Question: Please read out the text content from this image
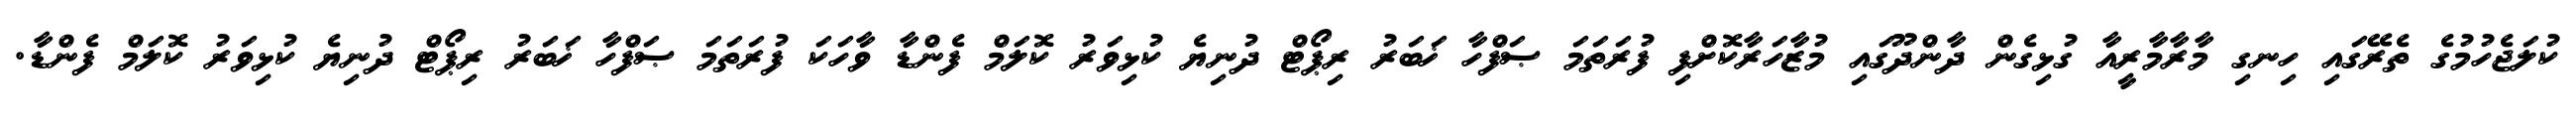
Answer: ކުލަޖެހުމުގެ ތެރޭގައި ހިނގި މާރާމާރީއާ ގުޅިގެން ދާންދޫގައި މުޒާހަރާކޮށްފި ފުރަތަމަ ޞަފްހާ ޚަބަރު ރިޕޯޓް ދުނިޔެ ކުޅިވަރު ކޮލަމް ފެންޑާ ވާހަކަ ފުރަތަމަ ޞަފްހާ ޚަބަރު ރިޕޯޓް ދުނިޔެ ކުޅިވަރު ކޮލަމް ފެންޑާ.